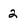
Character: 2